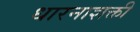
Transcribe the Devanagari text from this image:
धारनाशक्ती